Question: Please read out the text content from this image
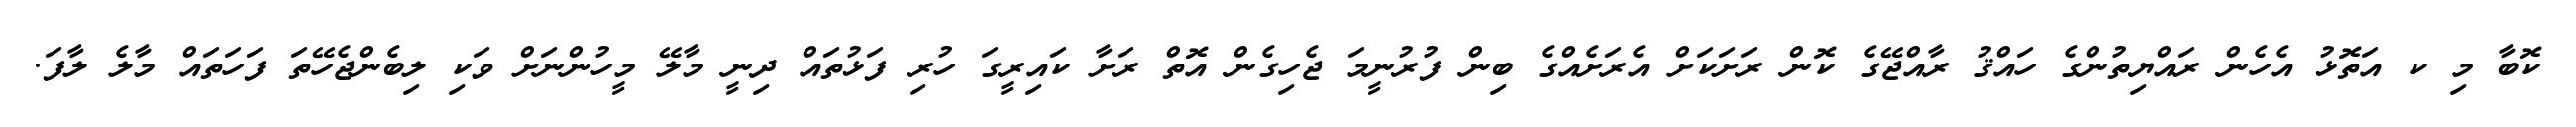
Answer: ކޮބާ މި ކ އަތޮޅު އެހެން ރައްޔިތުންގެ ހައްޤު ރާއްޖޭގެ ކޮން ރަށަކަށް އެރަށެއްގެ ބިން ފުރުނީމަ ޖެހިގެން އޮތް ރަށާ ކައިރީގަ ހުރި ފަޅުތައް ދިނީ މާލޭ މީހުންނަށް ވަކި ލިބެންޖެހޭތަ ފަހަތައް މާލެ ލާފަ.